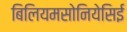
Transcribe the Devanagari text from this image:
बिलियमसोनियेसिई